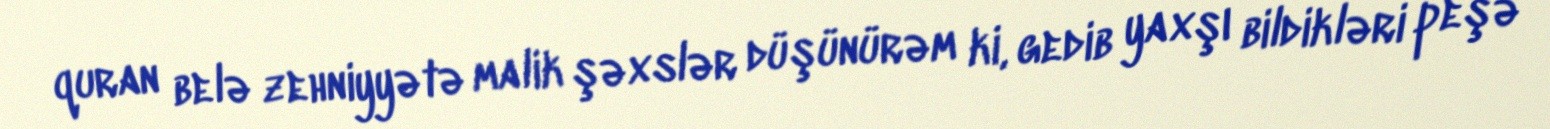
quran belə zehniyyətə malik şəxslər düşünürəm ki, gedib yaxşı bildikləri peşə